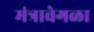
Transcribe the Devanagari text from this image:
मंत्रावेगळा